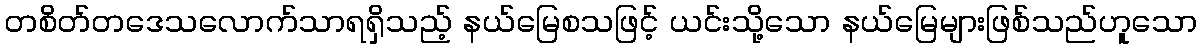
တစိတ်တဒေသလောက်သာရရှိသည့် နယ်မြေစသဖြင့် ယင်းသို့သော နယ်မြေများဖြစ်သည်ဟူသော